Report of the Bombay Veterinary College
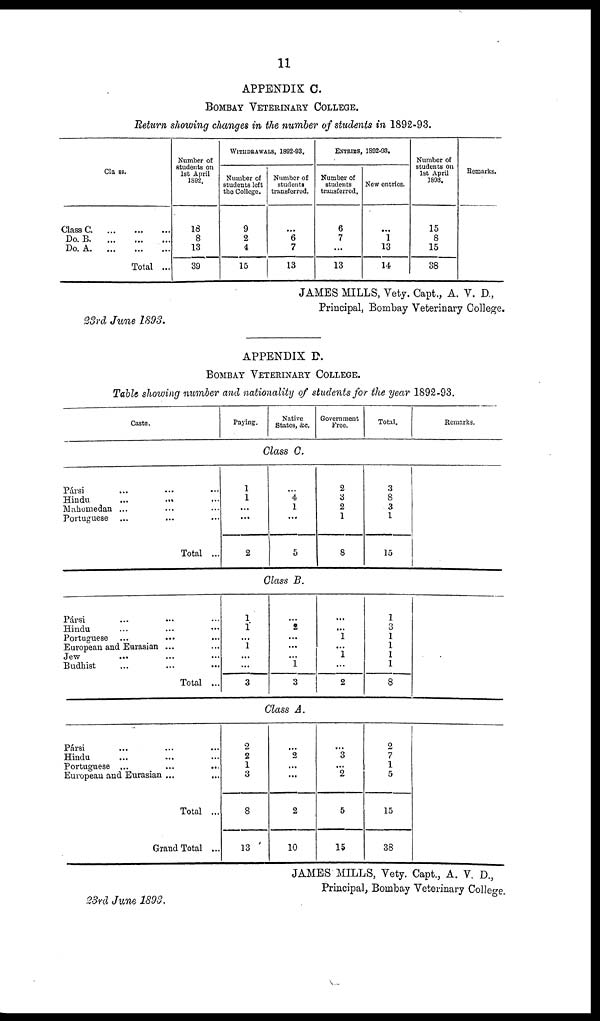
11
APPENDIX C.
BOMBAY VETERINARY COLLEGE.
Return showing changes in the number of students in 1892-93.
Class.
Class C.
...
...
...
Do. B.
...
...
...
Do.
A.
...
...
...
Total ...
Number of
students on
1st April
1892.
18
8
13
39
WITHDRAWALS, 1892-93.
Number of
students left
the College.
9
2
4
15
Number of
students
transferred.
...
6
7
13
ENTRIES,
Number of
students
transferred,
6
7
...
13
1892-93.
New entries.
...
1
13
14
Number of
students on
1st April
1893.
15
8
15
38
Remarks.
JAMES MILLS, Vety. Capt., A. V. D.,
Principal, Bombay Veterinary College.
23rd June 1893.
APPENDIX D.
BOMBAY
VETERINARY
COLLEGE.
Table showing number and nationality of students for the year 1892-93.
Caste.
Pársi
Hindu
...
...
Mahomedan ...
Portuguese ...
Total ...
Paying.
Native
States, &c.
Class C.
1
1
...
...
2
4
1
...
5
Government
Free.
2
3
2
1
8
Total.
3
8
3
1
15
Remarks.
Class B.
Pársi
Hindu
Portuguese ...
European and Eurasian ...
Jew
...
Budhist
Total ...
1
1
...
1
...
...
3
2
...
...
...
1
3
...
1
...
1
...
2
1
3
1
1
1
1
8
Class A.
Pársi
...
...
...
Hindu
Portuguese ... ... ...
European and Eurasian ...
Total ...
Grand Total ...
2
2
1
3
8
13
2
...
2
10
3
2
5
15
2
7
1
5
15
38
JAMES MILLS, Vety. Capt., A. V. D.,
Principal, Bombay Veterinary College
23rd June 1893.